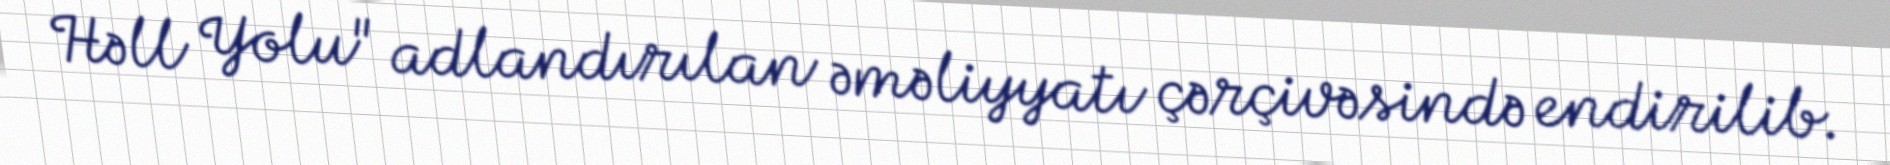
Həll Yolu" adlandırılan əməliyyatı çərçivəsində endirilib.